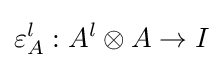
\varepsilon _{A}^{l}:A^{l}\otimes A\to I